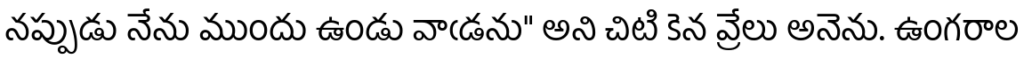
నప్పుడు నేను ముందు ఉండు వాఁడను" అని చిటి కెన వ్రేలు అనెను. ఉంగరాల